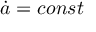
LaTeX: { \dot { a } } = c o n s t